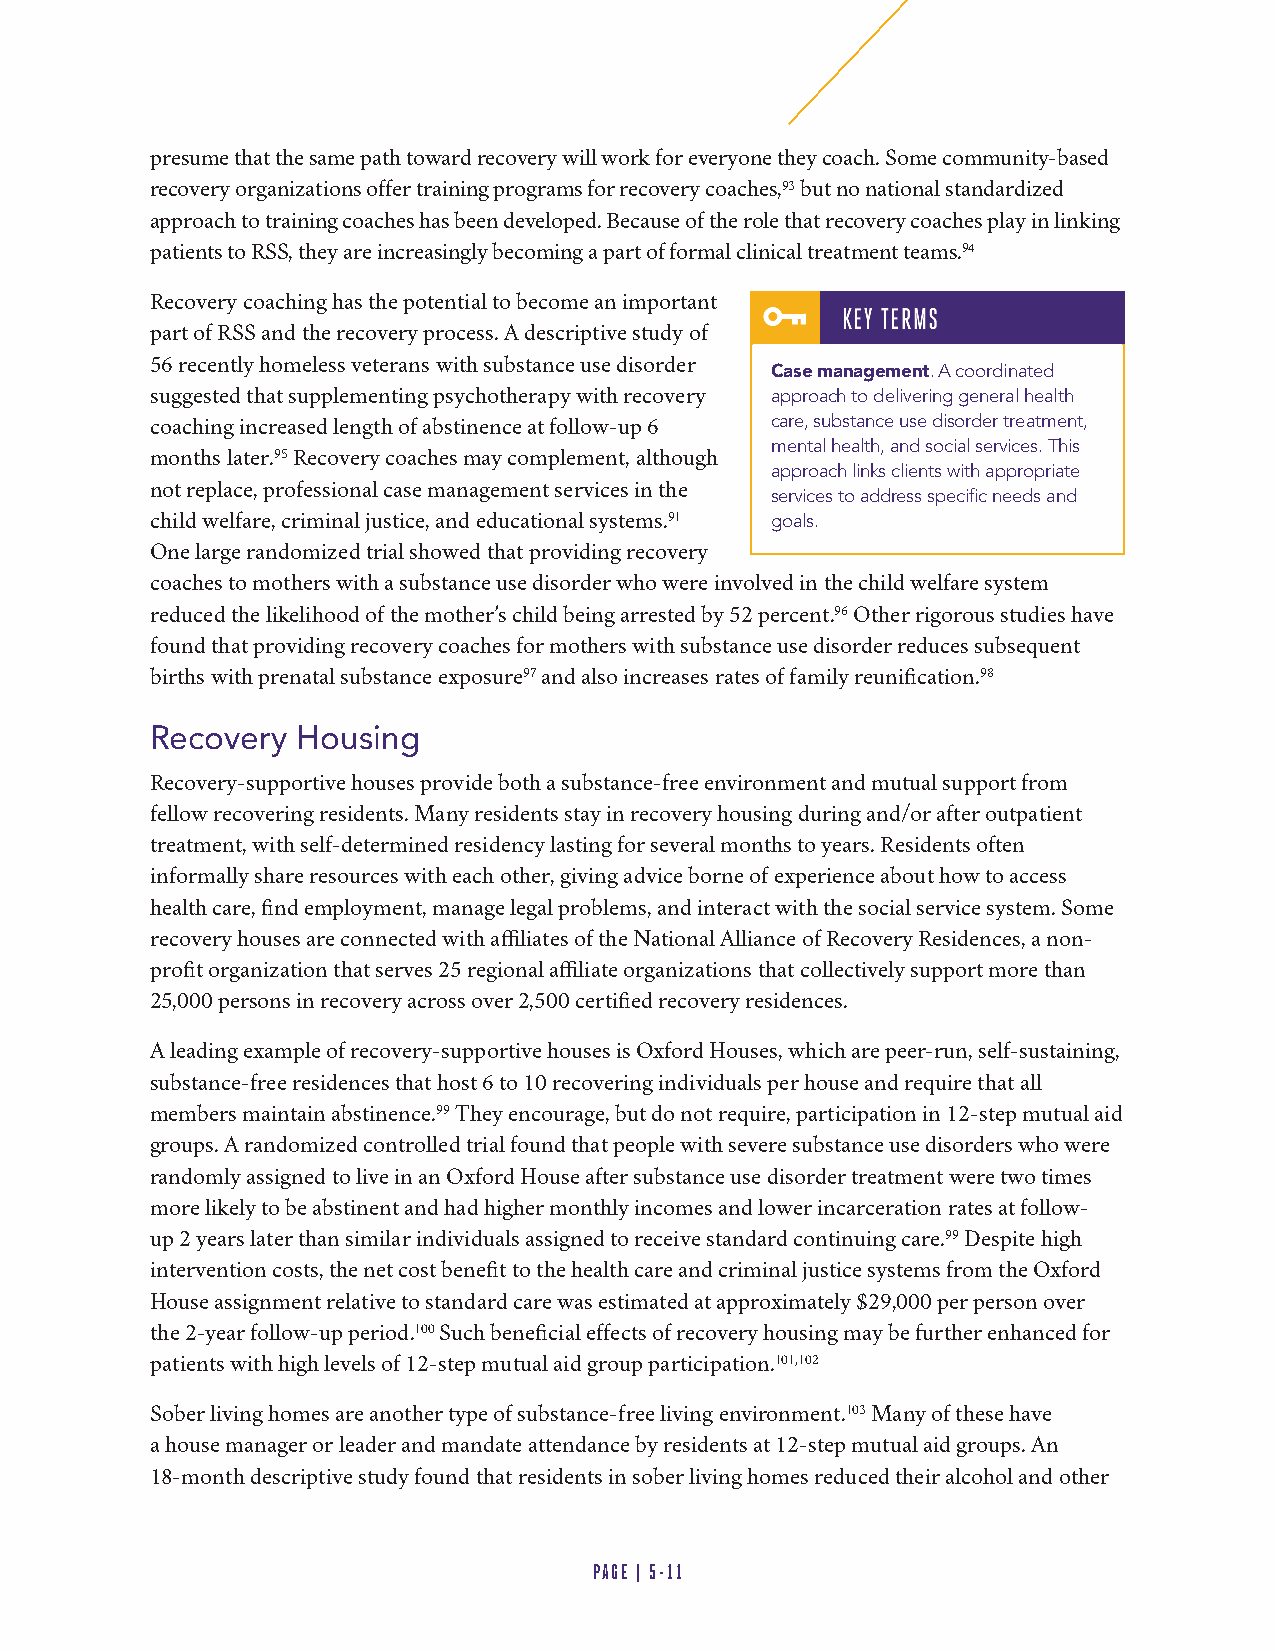
presume that the same path toward recovery will work for everyone they coach. Some community-based
 recovery organizations offer training programs for recovery coaches,93 but no national standardized
 approach to training coaches has been developed. Because of the role that recovery coaches play in linking
 patients to RSS, they are increasingly becoming a part of formal clinical treatment teams.94
 1
 Recovery coaching has the potential to become an important
 part of RSS and the recovery process. A descriptive study of
 56 recently homeless veterans with substance use disorder
 Case management. A coordinated
 suggested that supplementing psychotherapy with recovery approach to delivering general health
 coaching increased length of abstinence at follow-up 6 care, substance use disorder treatment,
 mental health, and social services. This
 months later.95 Recovery coaches may complement, although
 approach links clients with appropriate
 not replace, professional case management services in the
 services to address specific needs and
 child welfare, criminal justice, and educational systems.91 goals.
 One large randomized trial showed that providing recovery
 1
 coaches to mothers with a substance use disorder who were involved in the child welfare system
 reduced the likelihood of the mother’s child being arrested by 52 percent.96 Other rigorous studies have
 found that providing recovery coaches for mothers with substance use disorder reduces subsequent
 births with prenatal substance exposure97 and also increases rates of family reunification.98
 Recovery  Housing
 Recovery-supportive houses provide both a substance-free environment and mutual support from
 fellow recovering residents. Many residents stay in recovery housing during and/or after outpatient
 treatment, with self-determined residency lasting for several months to years. Residents often
 informally share resources with each other, giving advice borne of experience about how to access
 health care, find employment, manage legal problems, and interact with the social service system. Some
 recovery houses are connected with affiliates of the National Alliance of Recovery Residences, a non-
 profit organization that serves 25 regional affiliate organizations that collectively support more than
 25,000 persons in recovery across over 2,500 certified recovery residences.
 A leading example of recovery-supportive houses is Oxford Houses, which are peer-run, self-sustaining,
 substance-free residences that host 6 to 10 recovering individuals per house and require that all
 members maintain abstinence.99 They encourage, but do not require, participation in 12-step mutual aid
 groups. A randomized controlled trial found that people with severe substance use disorders who were
 randomly assigned to live in an Oxford House after substance use disorder treatment were two times
 more likely to be abstinent and had higher monthly incomes and lower incarceration rates at follow-
 up 2 years later than similar individuals assigned to receive standard continuing care.99 Despite high
 intervention costs, the net cost benefit to the health care and criminal justice systems from the Oxford
 House assignment relative to standard care was estimated at approximately $29,000 per person over
 the 2-year follow-up period.100 Such beneficial effects of recovery housing may be further enhanced for
 patients with high levels of 12-step mutual aid group participation.101,102
 Sober living homes are another type of substance-free living environment.103 Many of these have
 a house manager or leader and mandate attendance by residents at 12-step mutual aid groups. An
 18-month descriptive study found that residents in sober living homes reduced their alcohol and other
 PAGE | 5-11